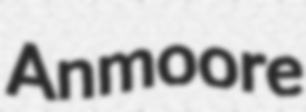
Anmoore